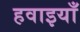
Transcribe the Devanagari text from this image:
हवाइयाँ